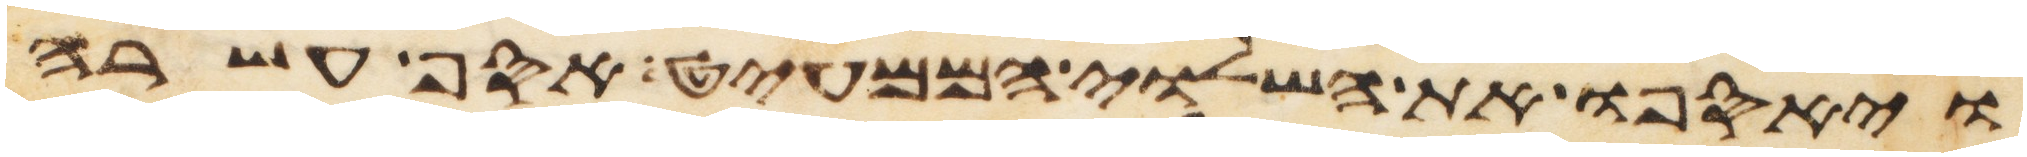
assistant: ויאספו את השלוי הממעיט אסף עשרה